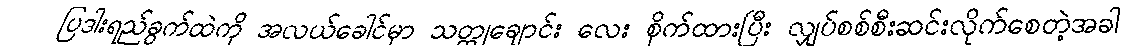
ပြဒါးရည်ခွက်ထဲကို အလယ်ခေါင်မှာ သတ္ထုချောင်း လေး စိုက်ထားပြီး လျှပ်စစ်စီးဆင်းလိုက်စေတဲ့အခါ